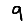
Digit: 9